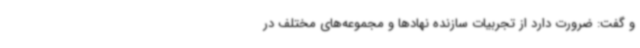
و گفت: ضرورت دارد از تجربیات سازنده نهادها و مجموعه‌های مختلف در